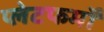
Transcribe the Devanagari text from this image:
प्‍लेटफर्मों